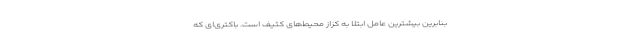
بنابرین بیشترین عامل ابتلا به کزاز محیط‌های کثیف است. باکتری‌ای که